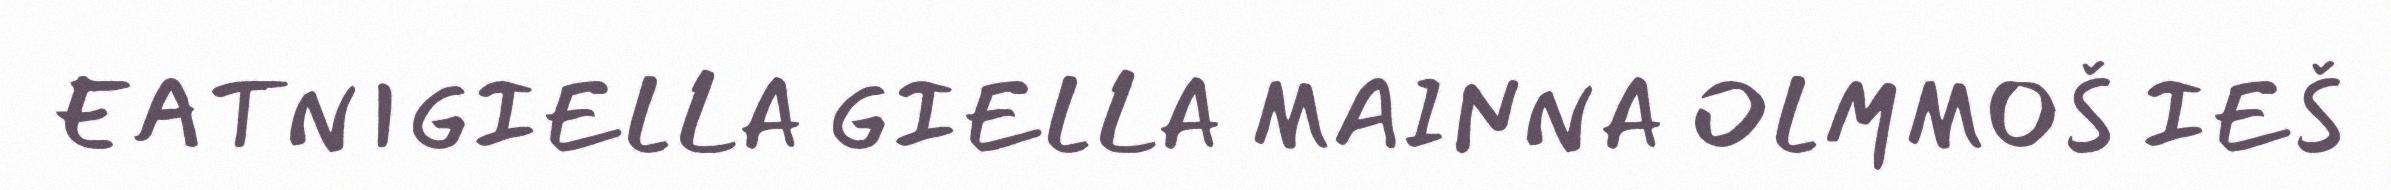
EATNIGIELLA GIELLA MAINNA OLMMOŠ IEŠ